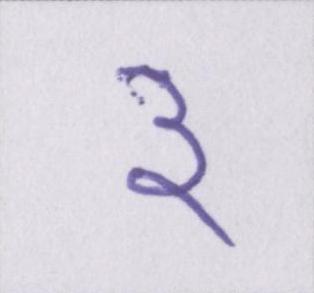
३